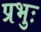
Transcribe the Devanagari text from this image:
प्रभुः